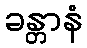
ခန္တာနံ